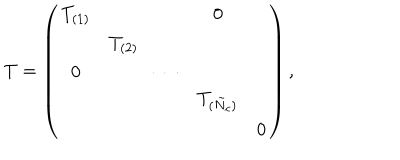
T = \left( \begin{array} { c c c c c } { { T _ { ( 1 ) } } } & { { } } & { { } } & { { 0 } } & { { } } \\ { { } } & { { T _ { ( 2 ) } } } & { { } } & { { } } & { { } } \\ { { 0 } } & { { } } & { { \cdots } } & { { } } & { { } } \\ { { } } & { { } } & { { } } & { { T _ { ( \tilde { N } _ { c } ) } } } & { { } } \\ { { } } & { { } } & { { } } & { { } } & { { 0 } } \\ \end{array} \right) ,